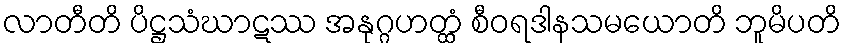
လာတီတိ ပိဋ္ဌသံဃာဋဿ အနုဂ္ဂဟတ္ထံ စီဝရဒါနသမယောတိ ဘူမိပတိ